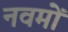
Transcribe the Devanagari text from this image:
नवमों